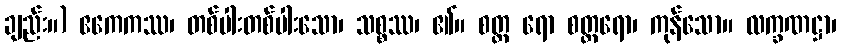
ချည်း။) ဧကေကဿ၊ တစ်ပါးတစ်ပါးသော၊ သစ္စဿ၊ ၏။ စတ္တ ရော စတ္တရော၊ ကုန်သော။ လက္ခဏဋ္ဌာ၊